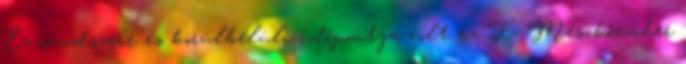
Ez rendszere és körülbelüli időpontja volt az I. Mészkőember